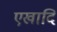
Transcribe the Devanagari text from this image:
एखादि